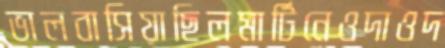
ভালবাসিয়াছিলমার্টিনেওদাওদ